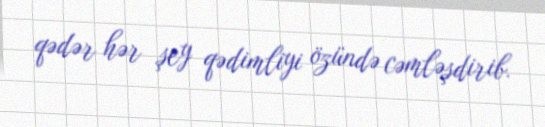
qədər hər şey qədimliyi özündə cəmləşdirib.